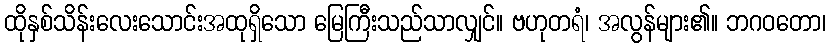
ထိုနှစ်သိန်းလေးသောင်းအထုရှိသော မြေကြီးသည်သာလျှင်။ ဗဟုတရံ၊ အလွန်များ၏။ ဘဂဝတော၊